Medical and sanitary report of the native army of Madras for the year
Year: 1876
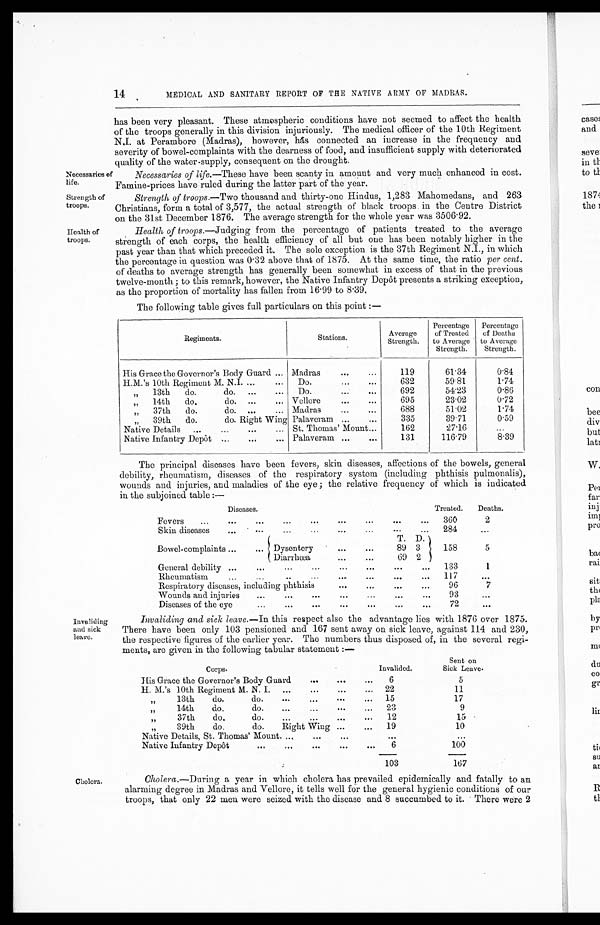
Strength of
troops.
Health of
troops.
14
MEDICAL AND SANITARY REPORT OF THE NATIVE ARMY OF MADRAS.
Necessaries of
life.
has been very pleasant. These atmospheric conditions have not seemed to affect the health
of the troops generally in this division injuriously. The medical officer of the 10th Regiment
N.I. at Perambore (Madras), however, has connected an increase in the frequency and
severity of bowel-complaints with the dearness of food, and insufficient supply with deteriorated
quality of the water-supply, consequent on the drought.
Necessaries of life. —These have been scanty in amount and very much enhanced in cost.
Famine-prices have ruled during the latter part of the year.
Invaliding
and sick
leave.
Strength of troops.— Two thousand and thirty-one Hindus, 1,283 Mahomedans, and 263
Christians, form a total of 3,577, the actual strength of black troops in the Centre District
on the 31st December 1876. The average strength for the whole year was 3506.92.
Health of troops .—Judging from the percentage of patients treated to the average
strength of each corps, the health efficiency of all but one has been notably higher in the
past year than that which preceded it. The sole exception is the 37th Regiment N.I., in which
the percentage in question was 0·32 above that of 1875. At the same time, the ratio per cent.
of deaths to average strength has generally been somewhat in excess of that in the previous
twelve-month; to this remark, however, the Native Infantry Depôt presents a striking exception,
as the proportion of mortality has fallen from 16·99 to 8·39.
The following table gives full particulars on this point:—
Regiments.
Stations.
Average
Strength.
Percentage
of Treated
to Average
Strength.
Percentage
of Deaths
to Average
Strength.
His Grace the Governor's Body Guard
Madras
119
61·34
0·84
H.M.'s 10th Regiment M. N.I.
Do.
632
59·81
1·74
„ 13th do. do.
Do.
692
54·23
0·86
„ 14th do. do.
Vellore
695
23·02
0·72
„ 37th do. do.
Madras
688
51·02
1·74
„ 39th do. do. Right Wing Palaveram
335
39·71
0·59
Native Details
St. Thomas' Mount
162
27·16
Native Infantry Depôt
Palaveram
131
116·79
8·39
The principal diseases have been fevers, skin diseases, affections of the bowels, general
debility, rheumatism, diseases of the respiratory system (including phthisis pulmonalis),
wounds and injuries, and maladies of the eye; the relative frequency of which is indicated
in the subjoined table:—
Diseases.
Treated.
Deaths.
Fevers
360
2
Skin diseases
284
T. D.
Bowel-complaints
Dysentery
89 3
158
5
Diarrhœa
69 2
General debility
133
1
Rheumatism
117
Respiratory diseases, including phthisis
96
7
Wounds and injuries
93
Diseases of the eye
72
Invaliding and sick leave. —In this respect also the advantage lies with 1876 over 1875.
There have been only 103 pensioned and 167 sent away on sick leave, against 114 and 230,
the respective figures of the earlier year. The numbers thus disposed of, in the several regi-
ments, are given in the following tabular statement:—
Corps.
Invalided.
Sent on
Sick Leave.
His Grace the Governor's Body Guard
6
5
H. M.'s 10th Regiment M. N. I.
22
11
„ 13th do. do.
15
17
„ 14th do. do.
23
9
„ 37th do. do.
12
15
„ 39th do. do. Right Wing
19
10
Native Details, St. Thomas' Mount.
Native Infantry Depôt
6
100
103
167
Cholera.
Cholera. —During a year in which cholera has prevailed epidemically and fatally to an
alarming degree in Madras and Vellore, it tells well for the general hygienic conditions of our
troops, that only 22 men were seized with the disease and 8 succumbed to it. There were 2